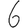
Digit: 6